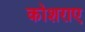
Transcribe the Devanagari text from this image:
कोशराए